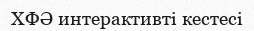
ХФӘ интерактивті кестесі